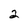
Character: 2